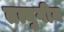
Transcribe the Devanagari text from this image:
तत्युगीन